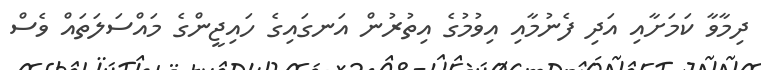
ދިމާވާ ކަމަށާއި އަދި ފެނުމާއި އިވުމުގެ އިތުރުން އަނގައިގެ ހައިޖީންގެ މައްސަލަތައް ވެސް